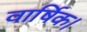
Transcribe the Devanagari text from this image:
वार्षिक।